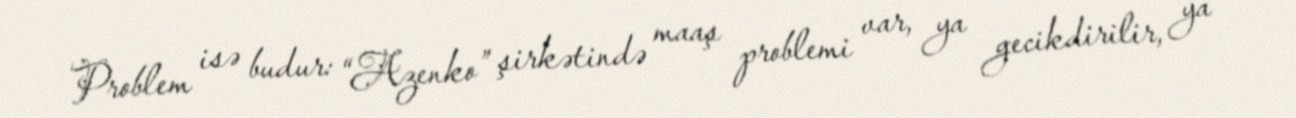
Problem isə budur: “Azenko” şirkətində maaş problemi var, ya gecikdirilir, ya